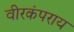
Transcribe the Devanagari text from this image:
वीरकंपराय